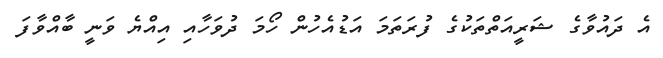
އެ ދައުވާގެ ޝަރީއަތްތަކުގެ ފުރަތަމަ އަޑުއެހުން ހޯމަ ދުވަހާއި އިއްޔެ ވަނީ ބާއްވާފަ